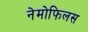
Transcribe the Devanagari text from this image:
नेमोफिलस